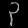
Digit: ၃